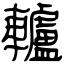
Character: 轤